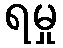
ရမှု